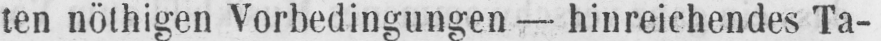
ten nöthigen Vorbedingungen - hinreichendes Ta-